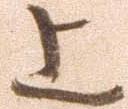
上